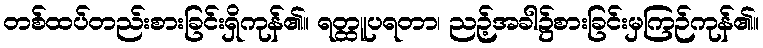
တစ်ထပ်တည်းစားခြင်းရှိကုန်၏။ ရတ္ထူပရတာ၊ ညဉ့်အခါ၌စားခြင်းမှကြဉ်ကုန်၏။